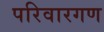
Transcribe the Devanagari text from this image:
परिवारगण